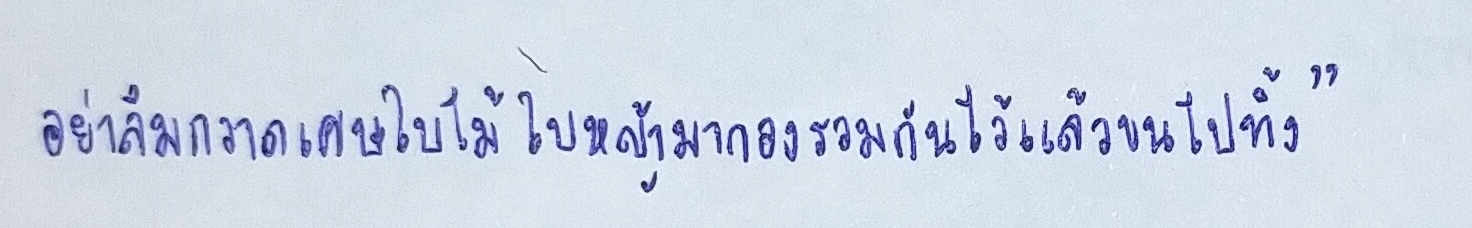
อย่าลืมกวาดเศษใบไม้ใบหญ้ามากองรวมกันไว้แล้วขนไปทิ้ง"